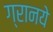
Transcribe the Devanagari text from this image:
ग्रानये